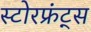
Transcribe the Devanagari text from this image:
स्टोरफ्रंट्स